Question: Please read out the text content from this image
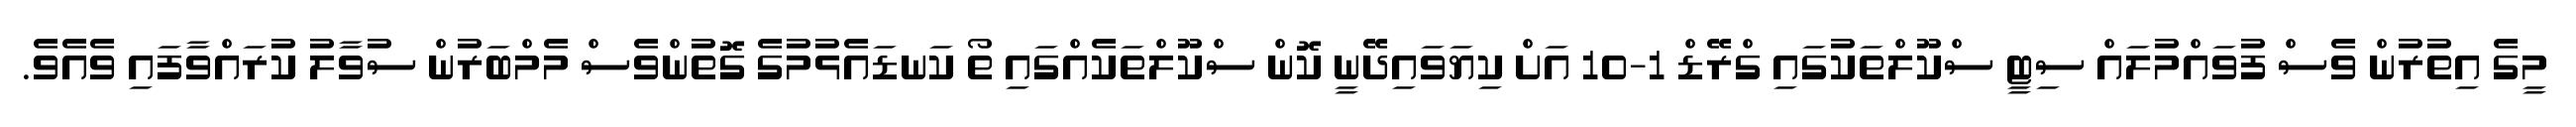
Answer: މީގެ އިތުރުން ވެސް ފުވައްމުލައް ސިޓީ ސްކޫލްތަކުގައި ގްރޭޑް 1-10 އަށް ކިޔަވައިދޭނީ ކޮން ސްކޫލްތަކެއްގައި ތޯ ކަނޑައެޅުމުގެ ގޮތުންވެސް މެމްބަރުން ސުވާލު ކުރައްވާފައި ވެއެވެ.